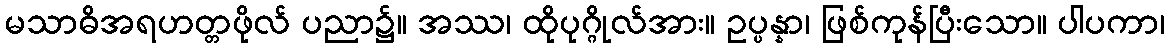
မသာဓိအရဟတ္တဖိုလ် ပညာ၌။ အဿ၊ ထိုပုဂ္ဂိုလ်အား။ ဥပ္ပန္နာ၊ ဖြစ်ကုန်ပြီးသော။ ပါပကာ၊